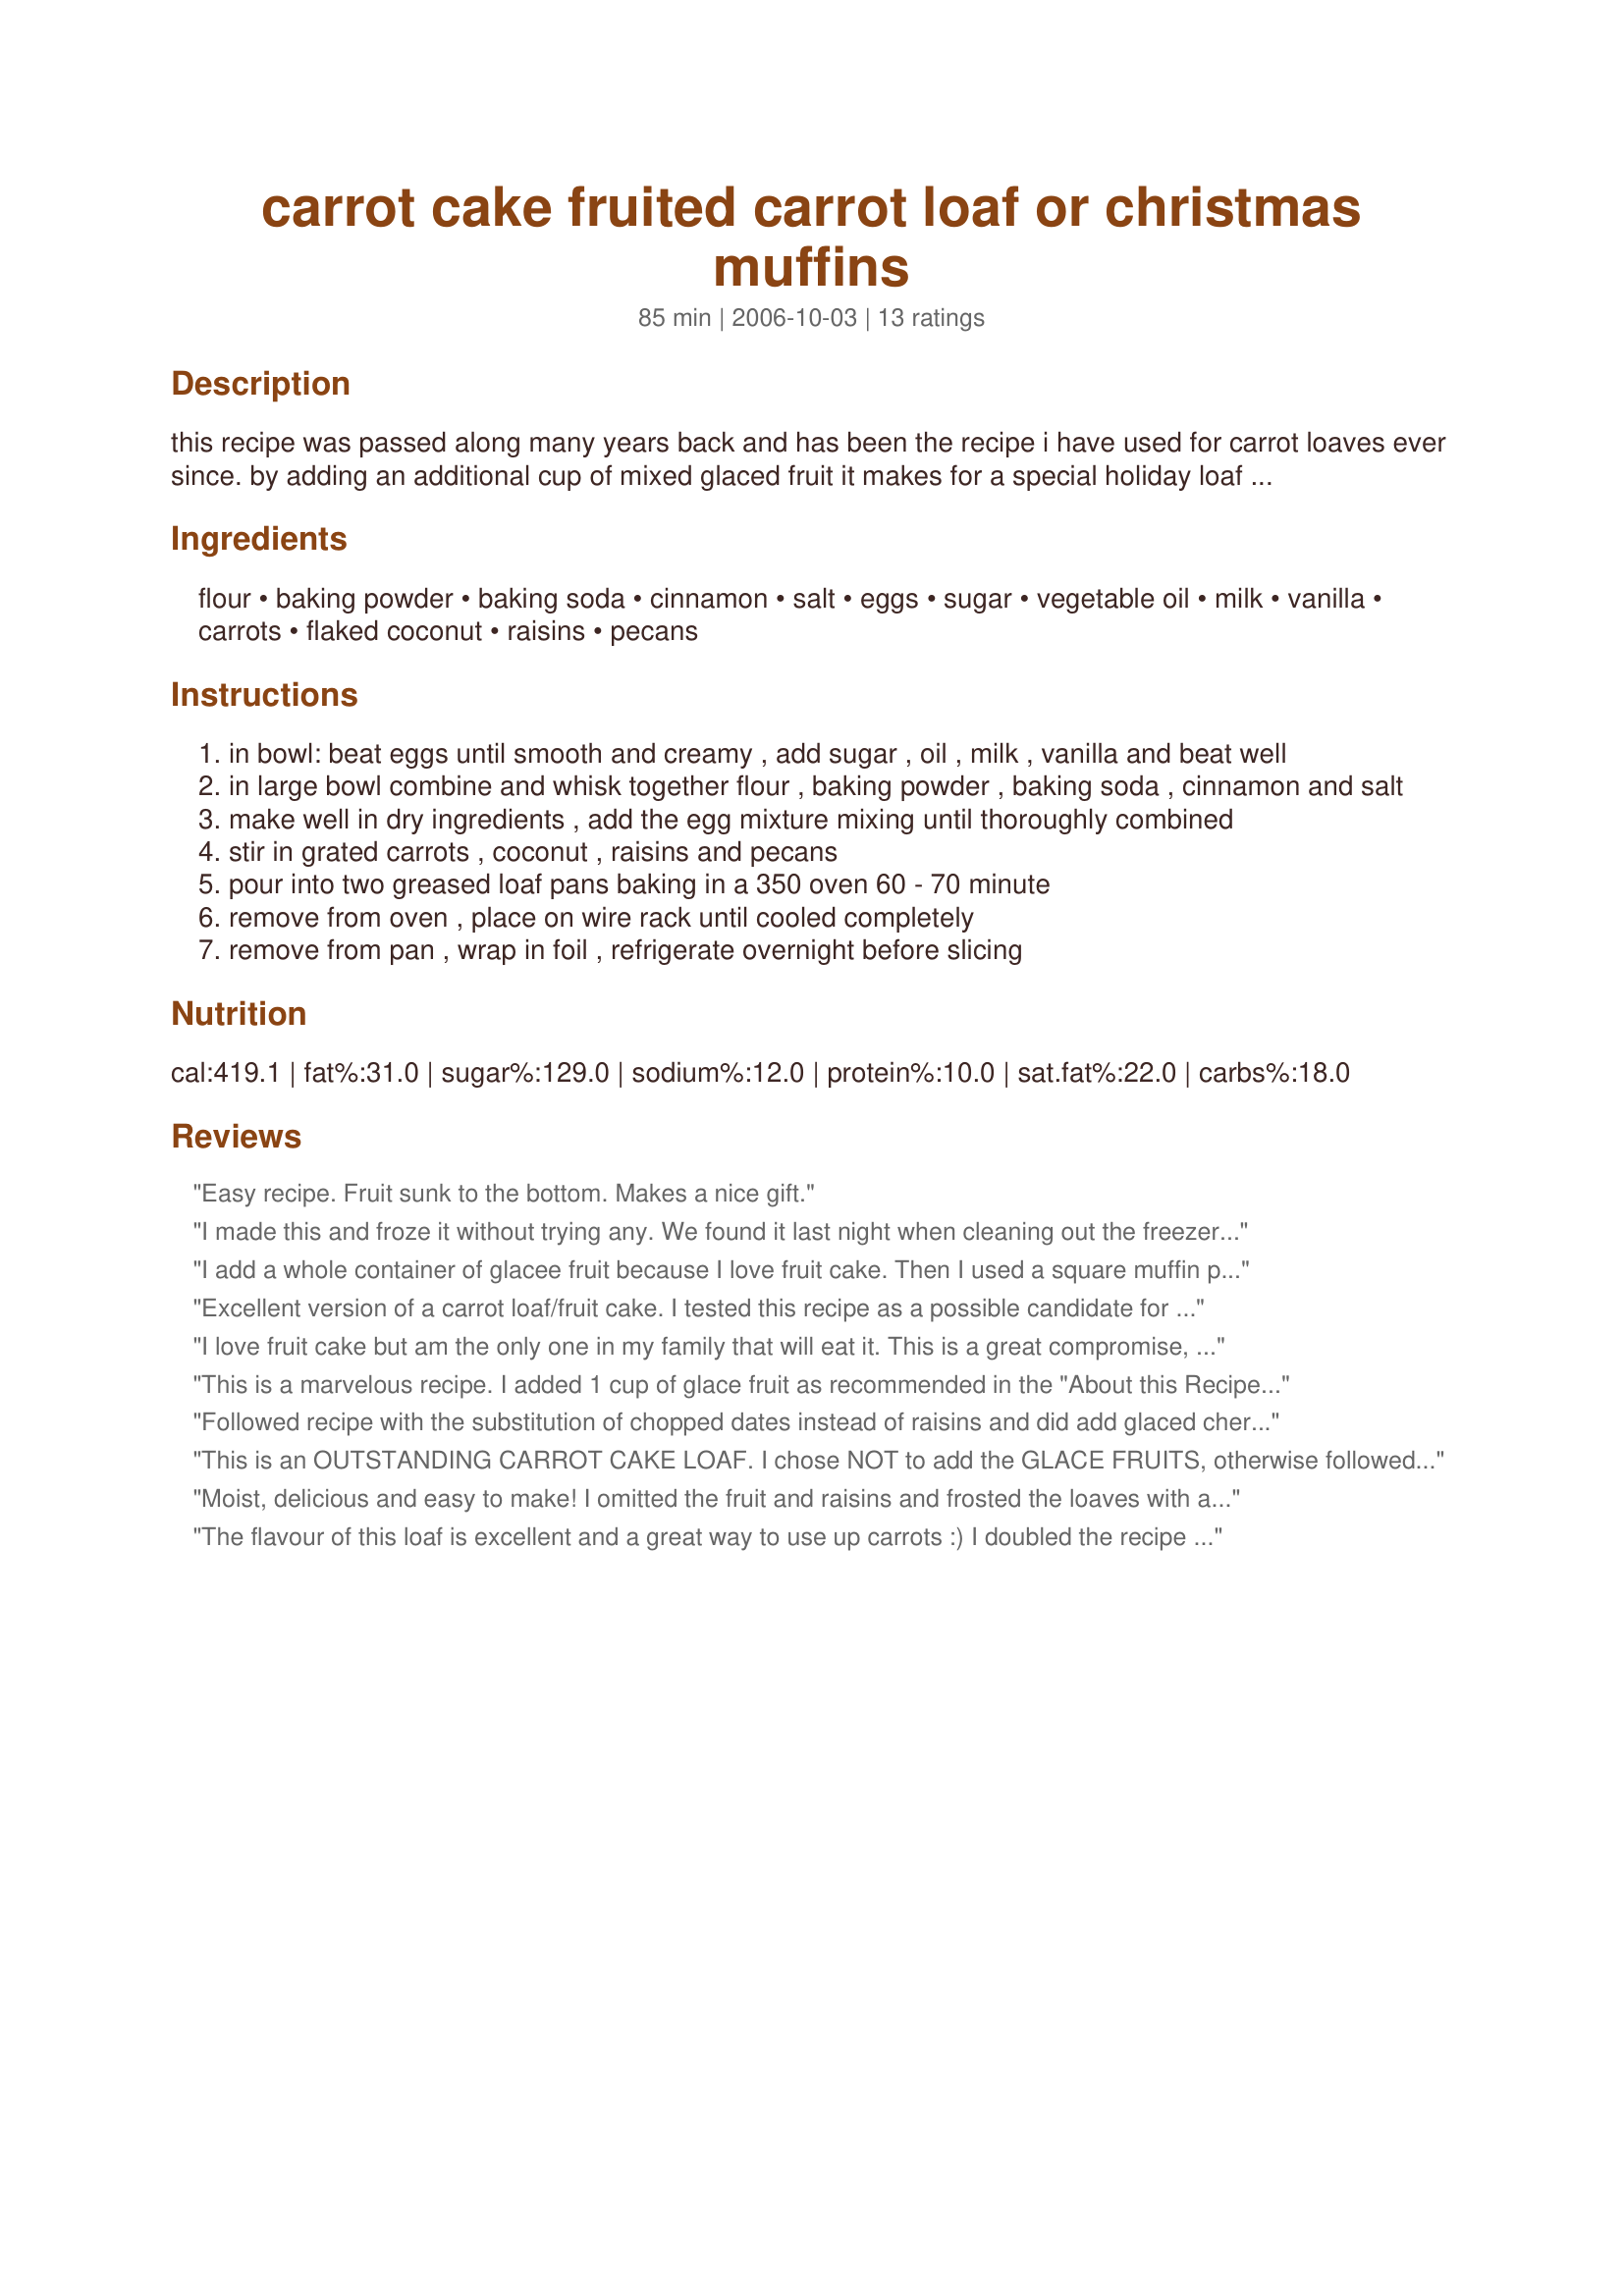
carrot cake fruited carrot loaf or christmas muffins
Preparation time: 85 minutes

this recipe was passed along many years back and has been the recipe i have used for carrot loaves ever since. by adding an additional cup of mixed glaced fruit it makes for a special holiday loaf come christmas. if adding the additional fruit you may need to add approximately ten to fifteen minutes to the baking time. icing with your favorite cream cheese icing adds to this delicious loaf. i also use this recipe to make christmas muffins - using holiday muffin cup liners. before baking i press a cherry in the centre and make petals by using 5 blanched almonds (pointy end to cherry) makes for great presentation. served in a footed server with the glass dome lid has you getting raves before they take their first bite!

Ingredients:
flour, baking powder, baking soda, cinnamon, salt, eggs, sugar, vegetable oil, milk, vanilla, carrots, flaked coconut, raisins, pecans

Steps:
in bowl: beat eggs until smooth and creamy , add sugar , oil , milk , vanilla and beat well
in large bowl combine and whisk together flour , baking powder , baking soda , cinnamon and salt
make well in dry ingredients , add the egg mixture mixing until thoroughly combined
stir in grated carrots , coconut , raisins and pecans
pour into two greased loaf pans baking in a 350 oven 60 - 70 minute
remove from oven , place on wire rack until cooled completely
remove from pan , wrap in foil , refrigerate overnight before slicing

Reviews:
Easy recipe.
Fruit sunk to the bottom.
Makes a nice gift.
I made this and froze it without trying any. We found it last night when cleaning out the freezer. This was good and we ate the whole loaf. I didnt put any frosting and hubby like it cause it wasnt too sweet. THANKS for posting it. I will try again and have it before freezing any.
I add a whole container of glacee fruit because I love fruit cake. Then I used a square muffin pan. These are just the right size for morning coffee and are delicious. I think dates would have been good also.
Excellent version of a carrot loaf/fruit cake. I tested this recipe as a possible candidate for my Christmas goody baskets- it was wonderful! Thanks for sharing. Made for Aussie/NZ Recipe Swap.
I love fruit cake but am the only one in my family that will eat it. This is a great compromise, plus a nice carrot loaf recipe for the rest of the year.
Thanks for posting.
This is a marvelous recipe. I added 1 cup of glace fruit as recommended in the "About this Recipe" box. This made 16 large muffins that baked in a 350 dergree oven for 30 minutes.<br/>Thanks for sharing your 5 star recipe!
Followed recipe with the substitution of chopped dates instead of raisins and did add glaced cherries also. This is a nice moist yet light fruit cake/bread...I brought a loaf to Dad who also loved it. I guess the other one in the freezer is for dad too. Will make recipe again soon, for the kids lunches. Nice recipe.
This is an OUTSTANDING CARROT CAKE LOAF. I chose NOT to add the GLACE FRUITS, otherwise followed recipe. It made a very light, moist, loaf bread excellent with tea/coffee! I liked it because it wasn't heavy/dense as most of carrot cake recipes I tried. A keeper in my file! Thanks for posting Gerry!
Moist, delicious and easy to make! I omitted the fruit and raisins and frosted the loaves with a simple cream cheese icing. I brought it as a hostess gift for a friend with whom we were visiting for a long weekend. We enjoyed eating it for a sweet breakfast all weekend. Next time, I will add the raisins and possibly a can of crushed pineapple.
The flavour of this loaf is excellent and a great way to use up carrots :) I doubled the recipe and got 3 loaves, my pans are 8.5x4.5x2.5, so I'm not sure about the measurements. But all in all very scrumptious!
Thanks Gerry for this great recipe. It is wonderful. I added a full one-half cup of candied cherries to this and it was sooooo pretty. Otherwise, I followed directions. The only thing is I couldn't wait to taste it, so I did not refrigerate it before slicing, but cut a piece while it was semi-warm and put butter on it. Oh, wow! Will make this again.
This was really nice. I added half the cinnamon as stated yet thought the flavour was too pungent for my taste. Didn add any nuts or glace fruit it was gud as it is just one regret i didn freeze it and it went bad even before i could finish half of it :(
Wud be making again soon . Thanx!
Absolutely wonderful. I loved the combination of the carrots, coconut and pecans. I am not a fan of glacee fruit, but I did give it a try--adding 1/2 cup to one of the loaves. I will definitely be making this again and again. Next time I am going to go wild--doubling up on the nuts and glacee fruit. Thanks for sharing this delicious recipe!
